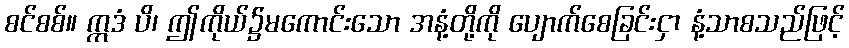
စင်စစ်။ ဣဒံ ပိ၊ ဤကိုယ်၌မကောင်းသော အနံ့တို့ကို ပျောက်စေခြင်းငှာ နံ့သာစသည်ဖြင့်